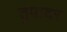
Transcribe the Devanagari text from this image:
तुपावर